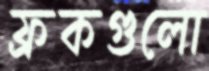
ফ্রকগুলো